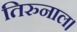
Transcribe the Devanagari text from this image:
तिरुनाल।